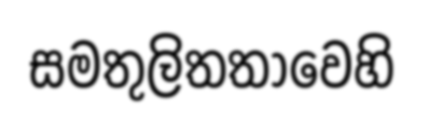
සමතුලිතතාවෙහි